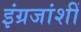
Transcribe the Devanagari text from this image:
इंग्रजांशीं